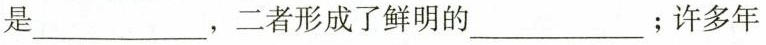
是___，二者形成了鲜明的___；许多年